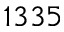
1 3 3 5